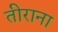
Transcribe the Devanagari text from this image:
तीराना